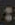
: